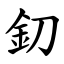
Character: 釖